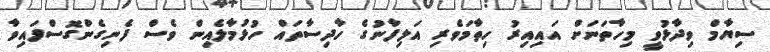
ސިޔާމް ވިދާޅުވީ މިހާތަނަށް އައިއިރު ހިތާމަވެރި އަލިފާނުގެ ހާދިސާތައް ހުޅުމާލެއިން ވެސް ފެނިގެންގޮސްފައިވާ